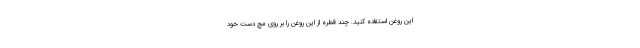
این روغن استفاده کنید. چند قطره از این روغن را بر روی مچ دست خود